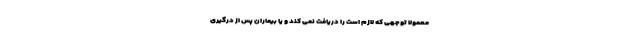
معمولا توجهی که لازم است را دریافت نمی کند و یا بیماران پس از درگیری